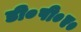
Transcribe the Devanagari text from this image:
डी०पी०ए०